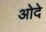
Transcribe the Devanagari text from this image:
ओदे